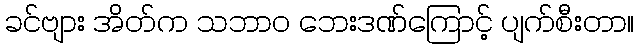
ခင်ဗျား အိတ်က သဘာဝ ဘေးဒဏ်ကြောင့် ပျက်စီးတာ။